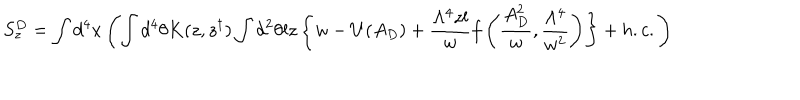
S _ { z } ^ { D } = \int d ^ { 4 } x \left( \int d ^ { 4 } \theta K ( z , z ^ { \dagger } ) \int d ^ { 2 } \theta l z \left\{ w - U ( A _ { D } ) + \frac { \Lambda ^ { 4 } z l } { w } f \left( \frac { A _ { D } ^ { 2 } } { w } , \frac { \Lambda ^ { 4 } } { w ^ { 2 } } \right) \right\} + h . c . \right)